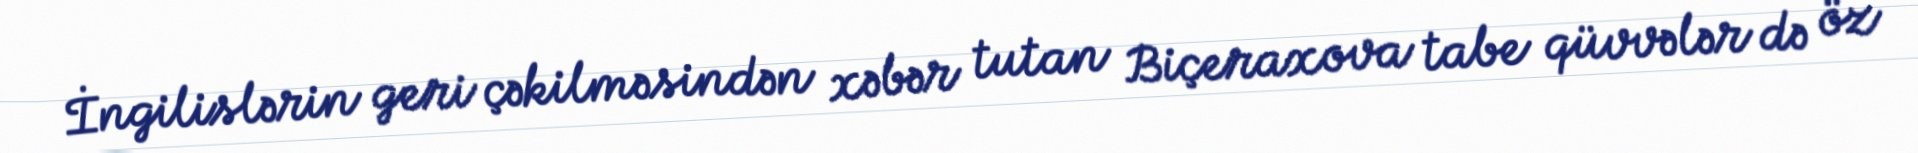
İngilislərin geri çəkilməsindən xəbər tutan Biçeraxova tabe qüvvələr də öz